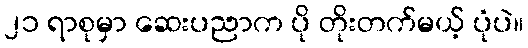
၂၁ ရာစုမှာ ဆေးပညာက ပို တိုးတက်မယ့် ပုံပဲ။